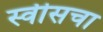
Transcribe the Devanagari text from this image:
स्वीसचा